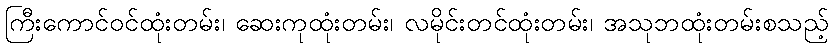
ကြီးကောင်ဝင်ထုံးတမ်း၊ ဆေးကုထုံးတမ်း၊ လမိုင်းတင်ထုံးတမ်း၊ အသုဘထုံးတမ်းစသည့်